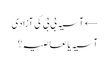
← آسیہ بی بی کی آزادی
آسیہ یا عاصیہ؟